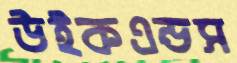
উইকএন্ডস